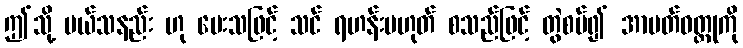
ဤသို့ ပယ်သနည်း ဟု မေးသဖြင့် သင် ရဟန်းမဟုတ် စသည်ဖြင့် တွဲစပ်၍ အာပတ်ဝတ္ထုကို